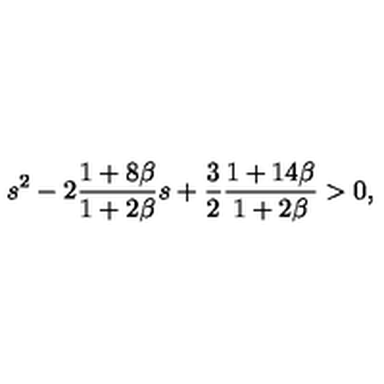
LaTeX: s ^ { 2 } - 2 \frac { 1 + 8 \beta } { 1 + 2 \beta } s + \frac { 3 } { 2 } \frac { 1 + 1 4 \beta } { 1 + 2 \beta } > 0 ,